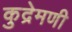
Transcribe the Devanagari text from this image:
कुद्रेमणी